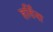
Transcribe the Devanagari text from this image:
हर्दिना